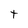
Character: t